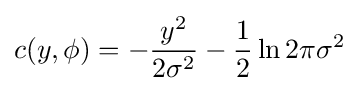
c(y,\phi )=-{\frac {y^{2}}{2\sigma ^{2}}}-{\frac {1}{2}}\ln {2\pi \sigma ^{2}}